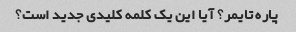
پاره تایمر؟ آیا این یک کلمه کلیدی جدید است؟